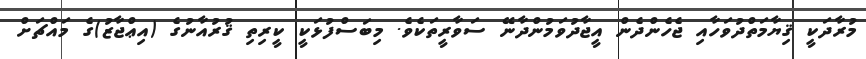
މުރާދަކީ ޤިޔާމަތްދުވަހާއި ޖެހެންދެން އީޖާދުވަމުންދާނޭ ސަވާރީތަކެވެ. މިބަސްފުޅަކީ ކީރިތި ޤުރުއާނުގެ (އިޢްޖާޒު)ގެ މައްޗަށް